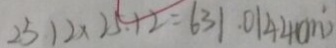
2 5 1 2 \times 2 5 . 1 2 = 6 3 1 . 0 1 4 4 ( m ^ { 2 } )